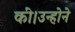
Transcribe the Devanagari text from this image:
कीं।उन्होने